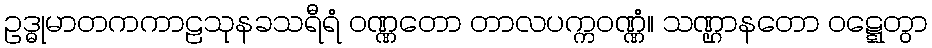
ဥဒ္ဓုမာတကကာဠသုနခသရီရံ ဝဏ္ဏတော တာလပက္ကဝဏ္ဏံ။ သဏ္ဌာနတော ဝဋ္ဋေတွာ